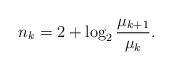
LaTeX: \begin{align*} n_k = 2 + \log_2\frac{\mu_{k+1}}{\mu_k}.\end{align*}